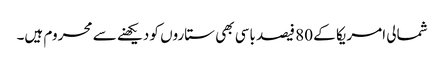
شمالی امریکا کے 80 فیصد باسی بھی ستاروں کو دیکھنے سے محروم ہیں۔